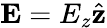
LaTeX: \mathbf{E}=E_{z}\hat{\mathbf{z}}